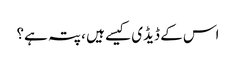
اس کے ڈیڈی کیسے ہیں ، پتہ ہے؟